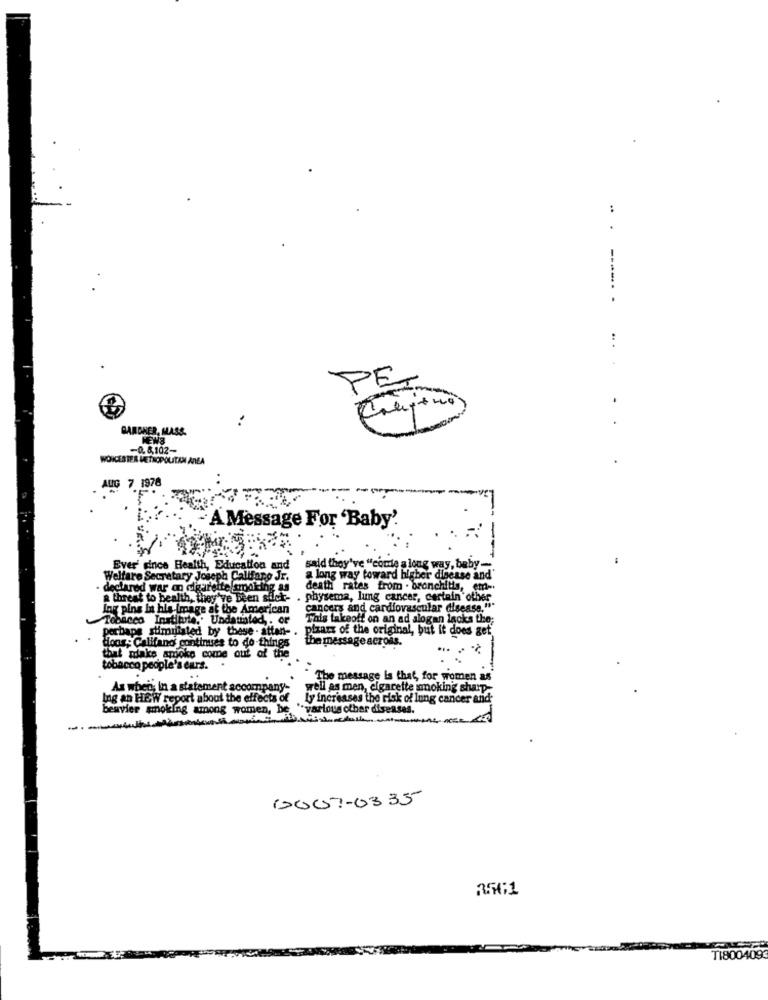
..
----- -
PET
BARGHER, MASS.
MEWS
-0.8,102-
WORCESTER METROPOLITAN AREA
AUG 7 1978
A Message For 'Baby'
Ever' dince Health, Education and
said they've "come a long way, baby-
Welfare Secretary Joseph Callfaro Jr.
a long way toward higher disease and'
declared war on cigarette smoking as
death rates from . bronchitis, em -.
a threat to bealth, they've been sick-
physema, lung cancer, certain other
Ing pins It ble Image at the American
cancers and cardiovascular disease."*
Tobacco Instibrie .. Undaunted ,. or
This takeoff on an ad alogan lacks the;
perhaps stimuliated by these - atten- .
pizazz of the original, but it does get
doos; Califano continues to do-things
the message across.
that make smoke come out of the
tobacco people's eurs.
..
The message is that, for women as
As when; in a statement accompany-
well as men, cigarette smoking sharp-
Ing an HEW report about the effects of Ly increases the risk of lung cancer and;
beavier smoking among women, be, "various other diseases.
1007-0335
356;1
T1800409